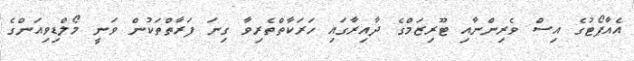
އެއާޕޯޓުގެ އިސް ވެރިންނާއި ޓޫރިޒަމްގެ ދާއިރާގައި ހަރަކާތްތެރިވާ ގިނަ ފަރާތްތަކުން ވަނީ މޯލްޑިވިއަންގެ